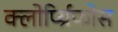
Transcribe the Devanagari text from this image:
क्लोर्प्य्रिफोस